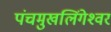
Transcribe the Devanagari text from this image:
पंचमुखलिंगेश्‍वर